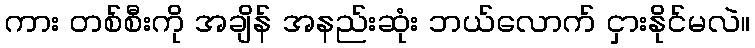
ကား တစ်စီးကို အချိန် အနည်းဆုံး ဘယ်လောက် ငှားနိုင်မလဲ။